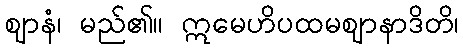
ဈာနံ၊ မည်၏။ ဣမေဟိပထမဈာနာဒိတိ၊